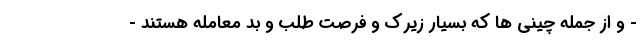
- و از جمله چینی ها که بسیار زیرک و فرصت طلب و بد معامله هستند -